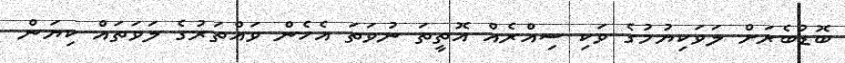
ބޮޑުބެރަށް ލަވަކިޔުމުގެ ވަކި ސިއްރެއް އޮތީތަ ނުވަތަ އެހެން ވައްތަރުގެ ލަވަތައް ކިޔަން